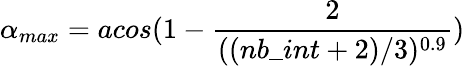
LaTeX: \alpha_{max}=acos(1-\frac{2}{((nb\_ int+2)/3)^{0.9}})